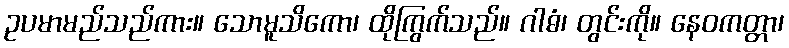
ဥပမာမည်သည်ကား။ သောမူသိကော၊ ထိုကြွက်သည်။ ဂါဓံ၊ တွင်းကို။ နေဝကတ္တာ၊